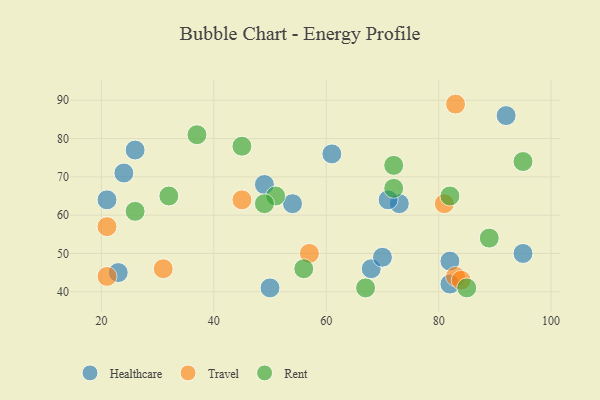
{"axis": {"x": "GDP", "y": "Life Expectancy"}, "legend": ["Healthcare", "Rent", "Travel"], "data": [{"x": "73", "y": 63, "type": "Healthcare"}, {"x": "61", "y": 76, "type": "Healthcare"}, {"x": "26", "y": 77, "type": "Healthcare"}, {"x": "24", "y": 71, "type": "Healthcare"}, {"x": "82", "y": 42, "type": "Healthcare"}, {"x": "54", "y": 63, "type": "Healthcare"}, {"x": "68", "y": 46, "type": "Healthcare"}, {"x": "70", "y": 49, "type": "Healthcare"}, {"x": "95", "y": 50, "type": "Healthcare"}, {"x": "21", "y": 64, "type": "Healthcare"}, {"x": "82", "y": 48, "type": "Healthcare"}, {"x": "49", "y": 68, "type": "Healthcare"}, {"x": "71", "y": 64, "type": "Healthcare"}, {"x": "92", "y": 86, "type": "Healthcare"}, {"x": "50", "y": 41, "type": "Healthcare"}, {"x": "23", "y": 45, "type": "Healthcare"}, {"x": "21", "y": 44, "type": "Travel"}, {"x": "81", "y": 63, "type": "Travel"}, {"x": "21", "y": 57, "type": "Travel"}, {"x": "45", "y": 64, "type": "Travel"}, {"x": "83", "y": 44, "type": "Travel"}, {"x": "31", "y": 46, "type": "Travel"}, {"x": "83", "y": 89, "type": "Travel"}, {"x": "57", "y": 50, "type": "Travel"}, {"x": "84", "y": 43, "type": "Travel"}, {"x": "32", "y": 65, "type": "Rent"}, {"x": "72", "y": 67, "type": "Rent"}, {"x": "37", "y": 81, "type": "Rent"}, {"x": "56", "y": 46, "type": "Rent"}, {"x": "51", "y": 65, "type": "Rent"}, {"x": "72", "y": 73, "type": "Rent"}, {"x": "26", "y": 61, "type": "Rent"}, {"x": "85", "y": 41, "type": "Rent"}, {"x": "67", "y": 41, "type": "Rent"}, {"x": "95", "y": 74, "type": "Rent"}, {"x": "89", "y": 54, "type": "Rent"}, {"x": "45", "y": 78, "type": "Rent"}, {"x": "49", "y": 63, "type": "Rent"}, {"x": "82", "y": 65, "type": "Rent"}]}